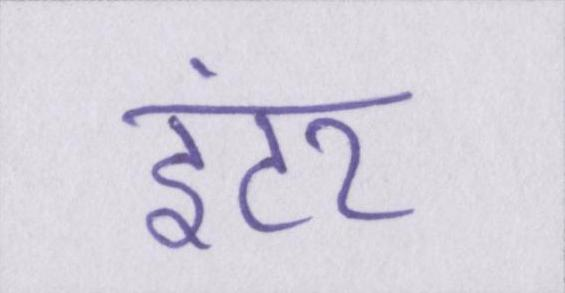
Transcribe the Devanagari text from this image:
इंटर